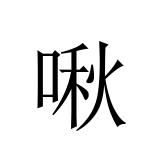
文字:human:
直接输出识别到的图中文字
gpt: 啾